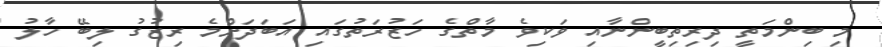
މި ބިންމަތީ ދިރިތިބީންނާއި ވަކިވެ މާތްގެ ހަޒުރަތުގައި އަބަދަށްމެ ރިޒުގު ލިބޭ ހާލު